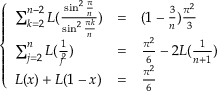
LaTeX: \left\{ \begin{array} { l l l } { { \sum _ { k = 2 } ^ { n - 2 } { \cal L } ( \frac { \sin ^ { 2 } \frac { \pi } { n } } { \sin ^ { 2 } \frac { \pi k } { n } } ) } } & { { = } } & { { ( 1 - \frac { 3 } { n } ) \frac { \pi ^ { 2 } } { 3 } } } \\ { { \sum _ { j = 2 } ^ { n } { \cal L } ( \frac { 1 } { j ^ { 2 } } ) } } & { { = } } & { { \frac { \pi ^ { 2 } } { 6 } - 2 { \cal L } ( \frac { 1 } { n + 1 } ) } } \\ { { { \cal L } ( x ) + { \cal L } ( 1 - x ) } } & { { = } } & { { \frac { \pi ^ { 2 } } { 6 } } } \end{array} \right.